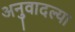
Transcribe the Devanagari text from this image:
अनुवादल्या